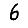
Digit: 6